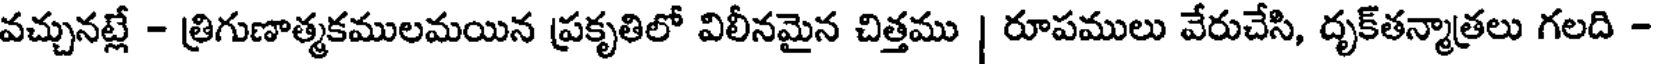
వచ్చునట్లే - త్రిగుణాత్మకములమయిన ప్రకృతిలో విలీనమైన చిత్తము | రూపములు వేరుచేసి, దృక్తన్మాత్రలు గలది -